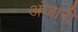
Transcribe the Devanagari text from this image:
अंजारी